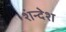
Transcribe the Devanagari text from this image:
शंन्देश